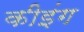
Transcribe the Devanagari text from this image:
कीइंग